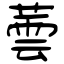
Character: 蕓